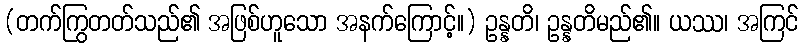
(တက်ကြွတတ်သည်၏ အဖြစ်ဟူသော အနက်ကြောင့်။) ဥန္နတိ၊ ဥန္နတိမည်၏။ ယဿ၊ အကြင်